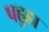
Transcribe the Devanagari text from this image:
पहुडा